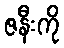
ဇနီးကို